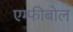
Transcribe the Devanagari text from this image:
एम्फीबोल